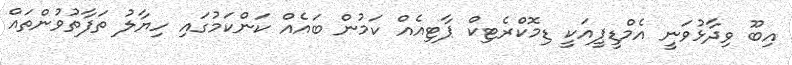
އިބޫ ވިދާޅުވަނީ އެމްޑީޕީއަކީ ޑިމޮކްރެޓިކް ޕާޓިއެއް ކަމުން ބައެއް ކަންކަމުގައި ހިޔާލު ތަފާތުވުންތައް